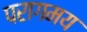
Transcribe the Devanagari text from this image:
परागमय